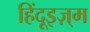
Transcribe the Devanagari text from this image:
हिंदूइज़्म